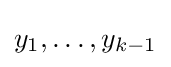
y_{1},\ldots ,y_{k-1}